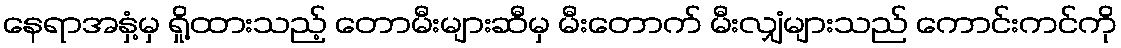
နေရာအနှံ့မှ ရှို့ထားသည့် တောမီးများဆီမှ မီးတောက် မီးလျှံများသည် ကောင်းကင်ကို